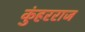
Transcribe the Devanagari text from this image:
कुंहरराज